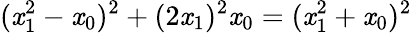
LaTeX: (\mathit{x}_{1}^{2}-\mathit{x}_{0})^{2}+(2\mathit{x}_{1})^{2}\mathit{x}_{0}=(\mathit{x}_{1}^{2}+\mathit{x}_{0})^{2}